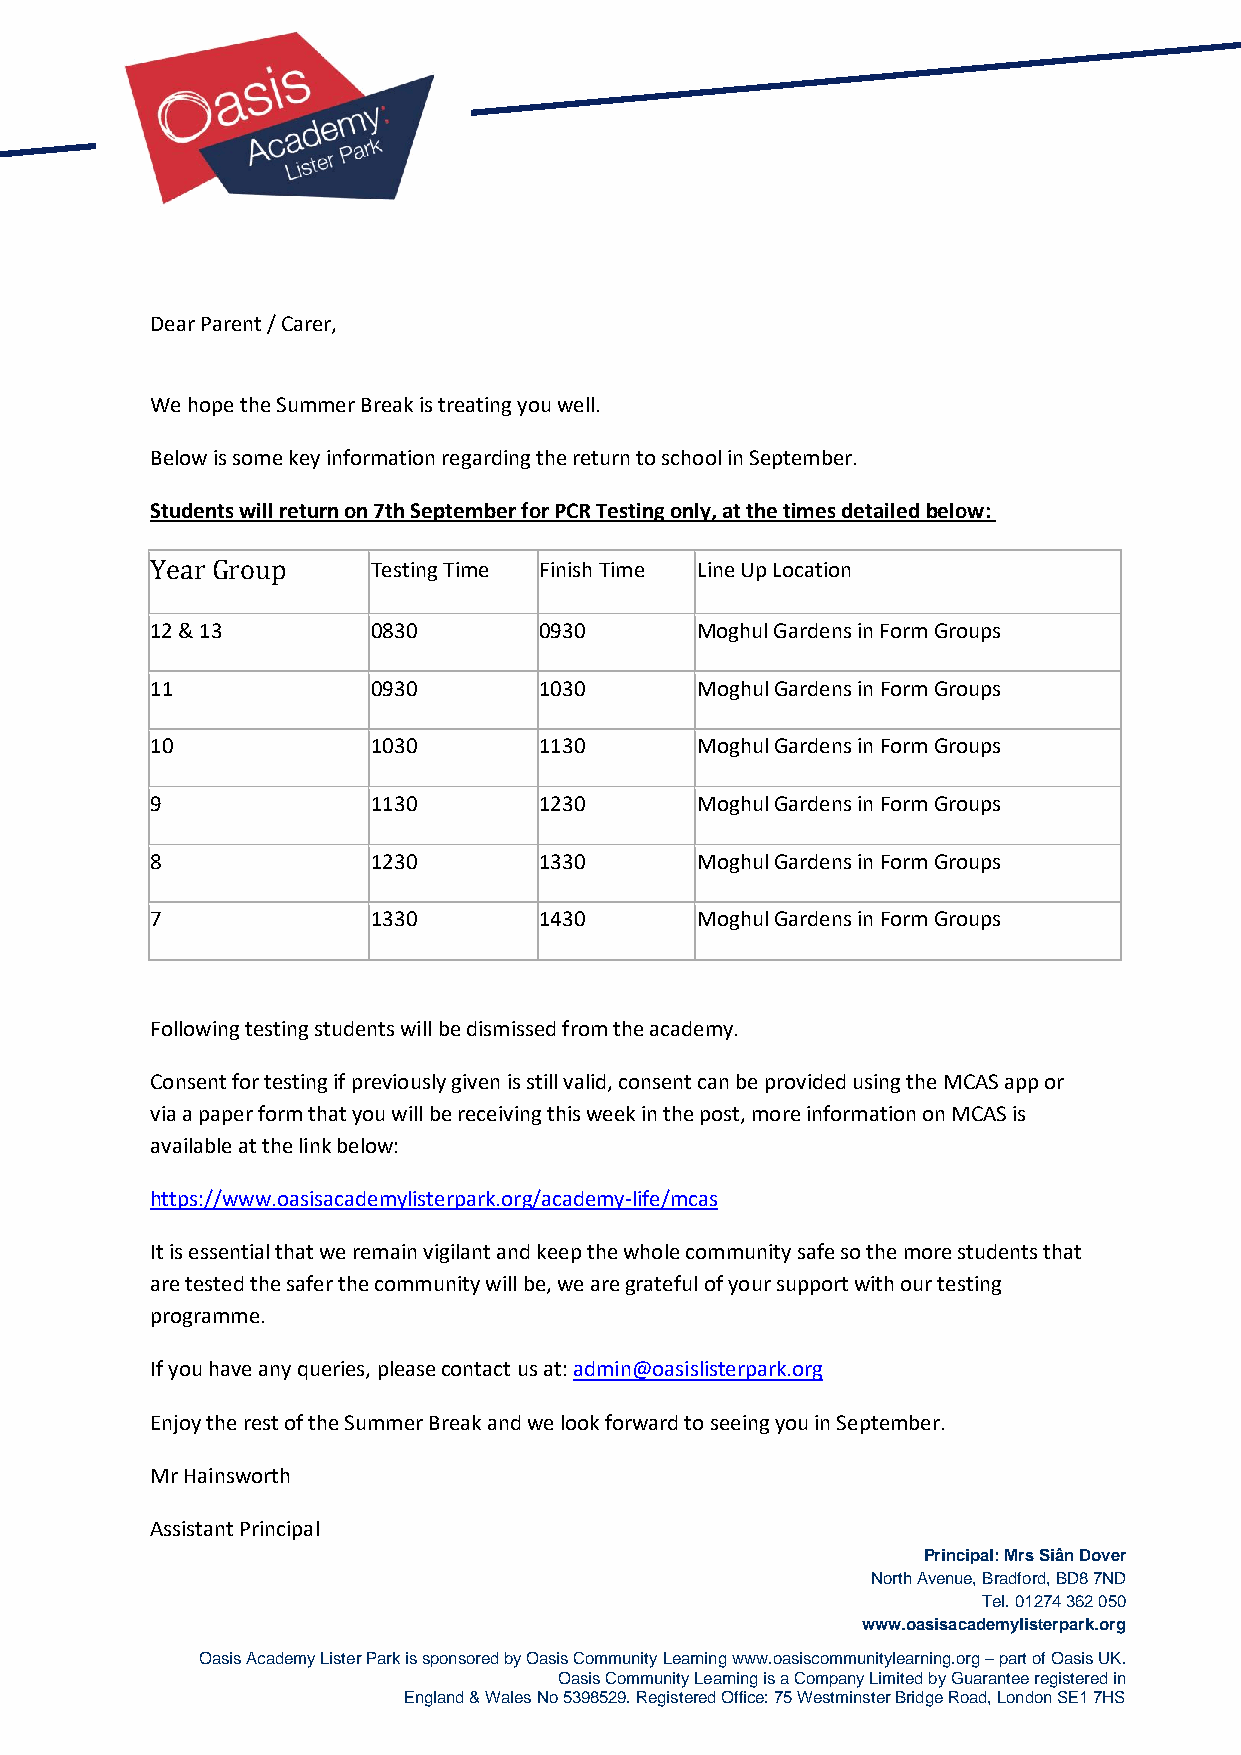
Dear Parent / Carer,
 We hope the Summer Break is treating you well.
 Below is some key information regarding the return to school in September.
 Students will return on 7th September for PCR Testing only, at the times detailed below:
 Year Group     Testing Time Finish Time Line Up Location
 12 & 13        0830       0930      Moghul Gardens in Form Groups
 11             0930       1030      Moghul Gardens in Form Groups
 10             1030       1130      Moghul Gardens in Form Groups
 9              1130       1230      Moghul Gardens in Form Groups
 8              1230       1330      Moghul Gardens in Form Groups
 7              1330       1430      Moghul Gardens in Form Groups
 Following testing students will be dismissed from the academy.
 Consent for testing if previously given is still valid, consent can be provided using the MCAS app or
 via a paper form that you will be receiving this week in the post, more information on MCAS is
 available at the link below:
 https://www.oasisacademylisterpark.org/academy-life/mcas
 It is essential that we remain vigilant and keep the whole community safe so the more students that
 are tested the safer the community will be, we are grateful of your support with our testing
 programme.
 If you have any queries, please contact us at: admin@oasislisterpark.org
 Enjoy the rest of the Summer Break and we look forward to seeing you in September.
 Mr Hainsworth
 Assistant Principal
 Principal: Mrs Siân Dover
 North Avenue, Bradford, BD8 7ND
 Tel. 01274 362 050
 www.oasisacademylisterpark.org
 Oasis Academy Lister Park is sponsored by Oasis Community Learning www.oasiscommunitylearning.org – part of Oasis UK.
 Oasis Community Learning is a Company Limited by Guarantee registered in
 England & Wales No 5398529. Registered Office: 75 Westminster Bridge Road, London SE1 7HS